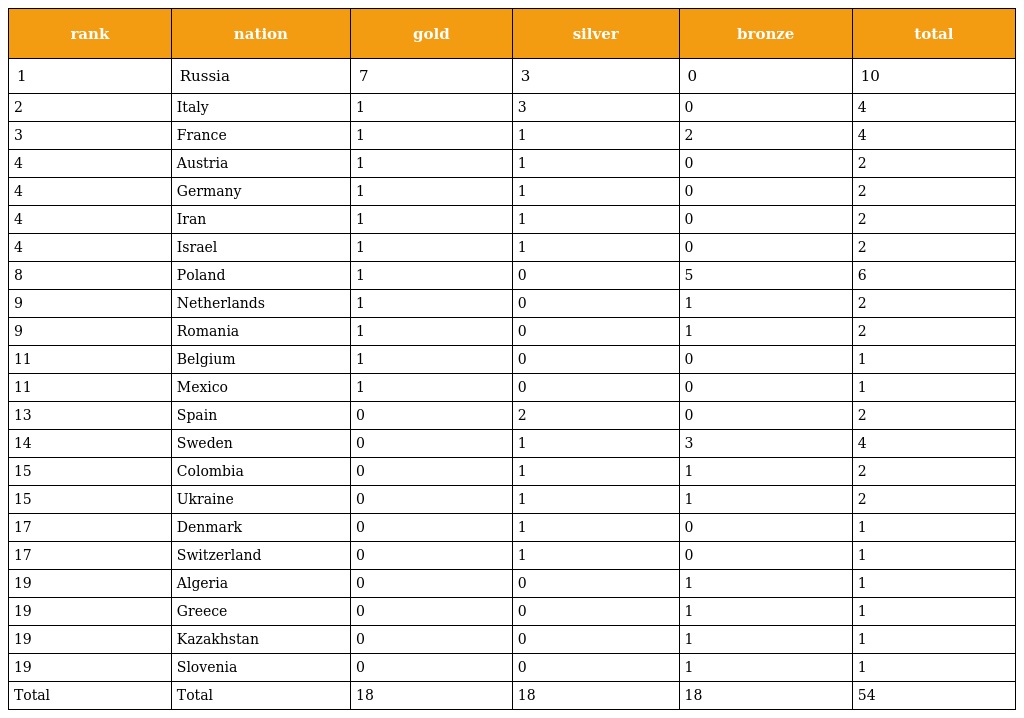
| rank | nation | gold | silver | bronze | total |
 | --- | --- | --- | --- | --- | --- |
 | 1 | Russia | 7 | 3 | 0 | 10 |
 | 2 | Italy | 1 | 3 | 0 | 4 |
 | 3 | France | 1 | 1 | 2 | 4 |
 | 4 | Austria | 1 | 1 | 0 | 2 |
 | 4 | Germany | 1 | 1 | 0 | 2 |
 | 4 | Iran | 1 | 1 | 0 | 2 |
 | 4 | Israel | 1 | 1 | 0 | 2 |
 | 8 | Poland | 1 | 0 | 5 | 6 |
 | 9 | Netherlands | 1 | 0 | 1 | 2 |
 | 9 | Romania | 1 | 0 | 1 | 2 |
 | 11 | Belgium | 1 | 0 | 0 | 1 |
 | 11 | Mexico | 1 | 0 | 0 | 1 |
 | 13 | Spain | 0 | 2 | 0 | 2 |
 | 14 | Sweden | 0 | 1 | 3 | 4 |
 | 15 | Colombia | 0 | 1 | 1 | 2 |
 | 15 | Ukraine | 0 | 1 | 1 | 2 |
 | 17 | Denmark | 0 | 1 | 0 | 1 |
 | 17 | Switzerland | 0 | 1 | 0 | 1 |
 | 19 | Algeria | 0 | 0 | 1 | 1 |
 | 19 | Greece | 0 | 0 | 1 | 1 |
 | 19 | Kazakhstan | 0 | 0 | 1 | 1 |
 | 19 | Slovenia | 0 | 0 | 1 | 1 |
 | Total | Total | 18 | 18 | 18 | 54 |